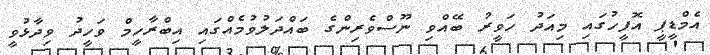
އެމްޑީޕީ އޮފީހުގައި މިއަދު ހަވީރު ބޭއްވި ނޫސްވެރިންގެ ބައްދަލުވުމެއްގައި އިބްރާހީމް ވަހީދު ވިދާޅުވީ